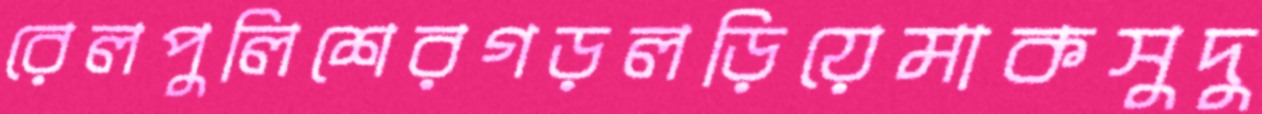
রেলপুলিশেরগড়লড়িয়েমাকসুদু